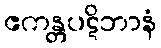
ဧကန္တပဋိဘာနံ